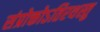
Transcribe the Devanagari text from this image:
संप्रोक्तोऽतिरथस्तु